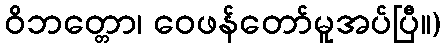
ဝိဘတ္တော၊ ဝေဖန်တော်မူအပ်ပြီ။)